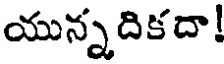
యున్నదికదా!